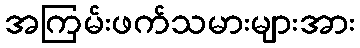
အကြမ်းဖက်သမားများအား